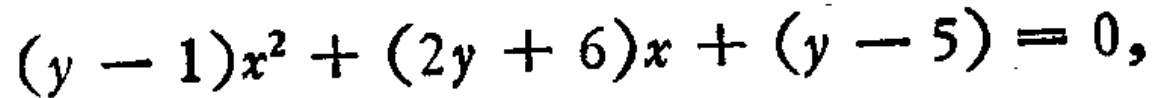
\((y - 1)x^{2}+(2y + 6)x+(y - 5)=0,\)